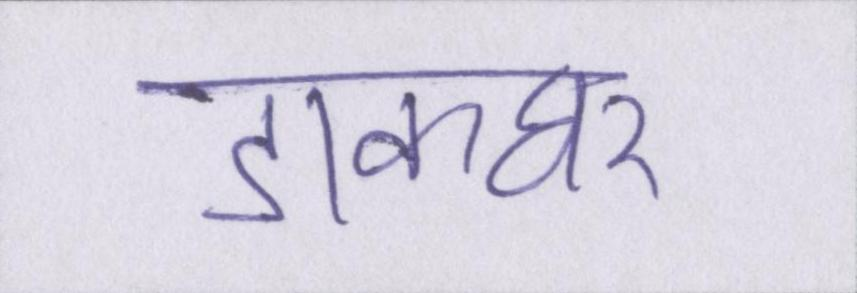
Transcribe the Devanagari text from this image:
डाकघर